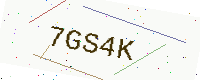
Text: 7GS4K